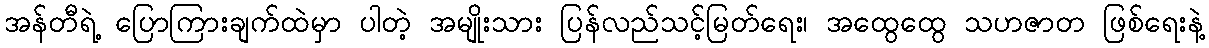
အန်တီရဲ့ ပြောကြားချက်ထဲမှာ ပါတဲ့ အမျိုးသား ပြန်လည်သင့်မြတ်ရေး၊ အထွေထွေ သဟဇာတ ဖြစ်ရေးနဲ့